Indian journal of veterinary science and animal husbandry - Volumes 22-23, 1952-1953
Year: 1952
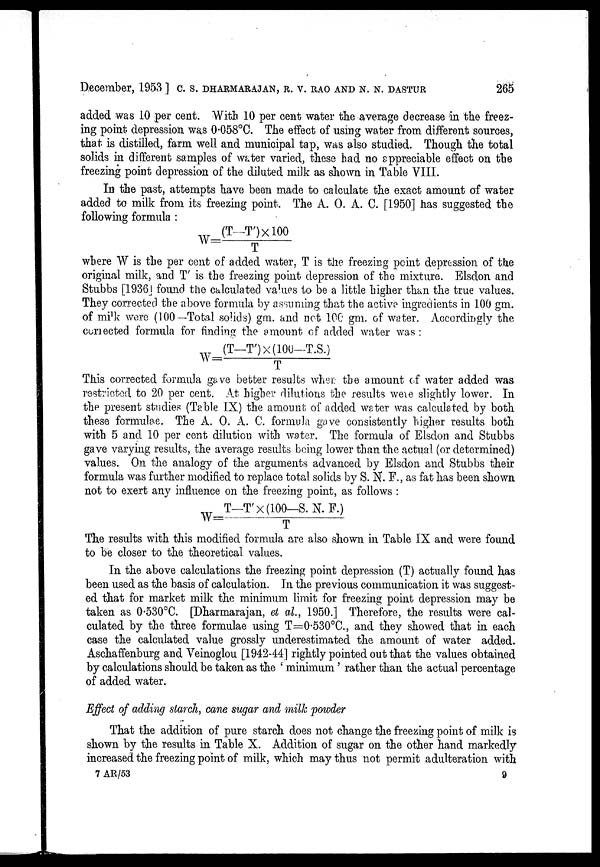
December, 1953] C. S. DHARMARAJAN, R. V. RAO AND N. N. DASTUR 265
added was 10 per cent. With 10 per cent water the average decrease in the freez-
ing point depression was 0.058ºC. The effect of using water from different sources,
that is distilled, farm well and municipal tap, was also studied. Though the total
solids in different samples of water varied, these had no appreciable effect on the
freezing point depression of the diluted milk as shown in Table VIII.
In the past, attempts have been made to calculate the exact amount of water
added to milk from its freezing point. The A. O. A. C. [1950] has suggested the
following formula:
W = (T—T')×100/T
where W is the per cent of added water, T is the freezing point depression of the
original milk, and T' is the freezing point depression of the mixture. Elsdon and
Stubbs [1936] found the calculated values to be a little higher than the true values.
They corrected the above formula by assuming that the active ingredients in 100 gm.
of milk were (100—Total solids) gm. and not 100 gm. of water. Accordingly the
corrected formula for finding the amount of added water was:
W = (T—T') × (100—T.S.)/T
This corrected formula gave better results when the amount of water added was
restricted to 20 per cent. At higher dilutions the results were slightly lower. In
the present studies (Table IX) the amount of added water was calculated by both
these formulae. The A. O. A. C. formula gave consistently higher results both
with 5 and 10 per cent dilution with water. The formula of Elsdon and Stubbs
gave varying results, the average results being lower than the actual (or determined)
values. On the analogy of the arguments advanced by Elsdon and Stubbs their
formula was further modified to replace total solids by S. N. F., as fat has been shown
not to exert any influence on the freezing point, as follows:
W = T—T' × (100—S. N. F.)/T
The results with this modified formula are also shown in Table IX and were found
to be closer to the theoretical values.
In the above calculations the freezing point depression (T) actually found has
been used as the basis of calculation. In the previous communication it was suggest-
ed that for market milk the minimum limit for freezing point depression may be
taken as 0.530ºC. [Dharmarajan, et al., 1950.] Therefore, the results were cal-
culated by the three formulae using T=0.530ºC., and they showed that in each
case the calculated value grossly underestimated the amount of water added.
Aschaffenburg and Veinoglou [1942-44] rightly pointed out that the values obtained
by calculations should be taken as the 'minimum' rather than the actual percentage
of added water.
Effect of adding starch, cane sugar and milk powder
That the addition of pure starch does not change the freezing point of milk is
shown by the results in Table X. Addition of sugar on the other hand markedly
increased the freezing point of milk, which may thus not permit adulteration with
7 AR/53
9